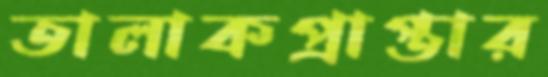
তালাকপ্রাপ্তার